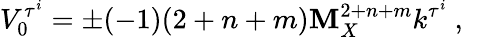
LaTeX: V_{0}^{\tau^{i}}=\pm(-1)(2+n+m)\mathbf{M}_{X}^{2+n+m}k^{\tau^{i}}~,~\,